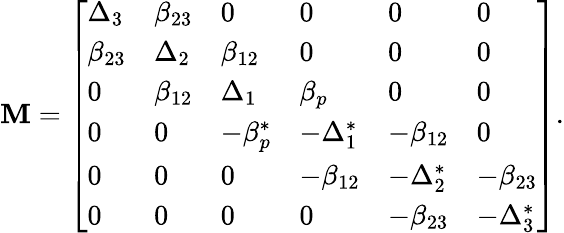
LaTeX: \mathbf{M}=\left[\begin{array}{llllll}{\Delta_{3}}&{\beta_{23}}&{0}&{0}&{0}&{0}\\ {\beta_{23}}&{\Delta_{2}}&{\beta_{12}}&{0}&{0}&{0}\\ {0}&{\beta_{12}}&{\Delta_{1}}&{\beta_{p}}&{0}&{0}\\ {0}&{0}&{-\beta_{p}^{*}}&{-\Delta_{1}^{*}}&{-\beta_{12}}&{0}\\ {0}&{0}&{0}&{-\beta_{12}}&{-\Delta_{2}^{*}}&{-\beta_{23}}\\ {0}&{0}&{0}&{0}&{-\beta_{23}}&{-\Delta_{3}^{*}}\end{array}\right].